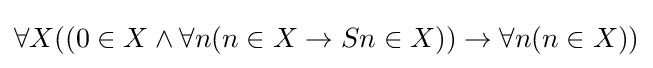
\forall X((0\in X\land \forall n(n\in X\rightarrow Sn\in X))\rightarrow \forall n(n\in X))